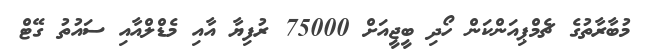
މުބާރާތުގެ ޗެމްޕިއަންކަން ހޯދި ބީޖީއަށް 75000 ރުފިޔާ އާއި މެޑްލްއާއި ސައުތު ގޭޓް